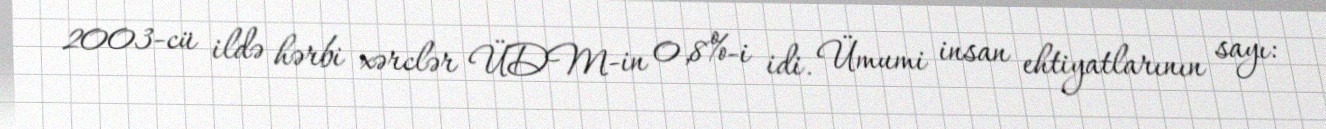
2003-cü ildə hərbi xərclər ÜDM-in 0,8%-i idi. Ümumi insan ehtiyatlarının sayı: